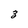
Character: 3